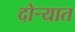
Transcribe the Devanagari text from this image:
दोर्‍यात